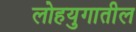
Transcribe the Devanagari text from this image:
लोहयुगातील